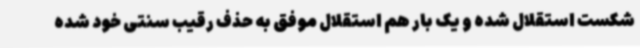
شکست استقلال شده و یک بار هم استقلال موفق به حذف رقیب سنتی خود شده